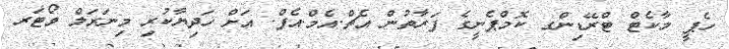
ހެޕީ މާކެޓް ޓްރޭޑިންގ ކޮމްޕެނީގެ ފަރާތުން އެޗް.އެމް.އެފް. އަށް ހަދިޔާކުރި މިނަރަލް ވޯޓަރ